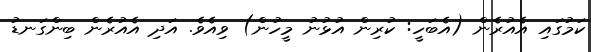
ކަމުގައި އެއުރެން (އެބަހީ: ކުރިން އުޅުނު މީހުން) ވިއެވެ. އަދި އެއުރެން ބިންގަނޑު